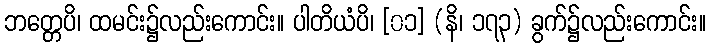
ဘတ္တေပိ၊ ထမင်း၌လည်းကောင်း။ ပါတိယံပိ၊ [၀၁] (နိ၊ ၁၇၃) ခွက်၌လည်းကောင်း။